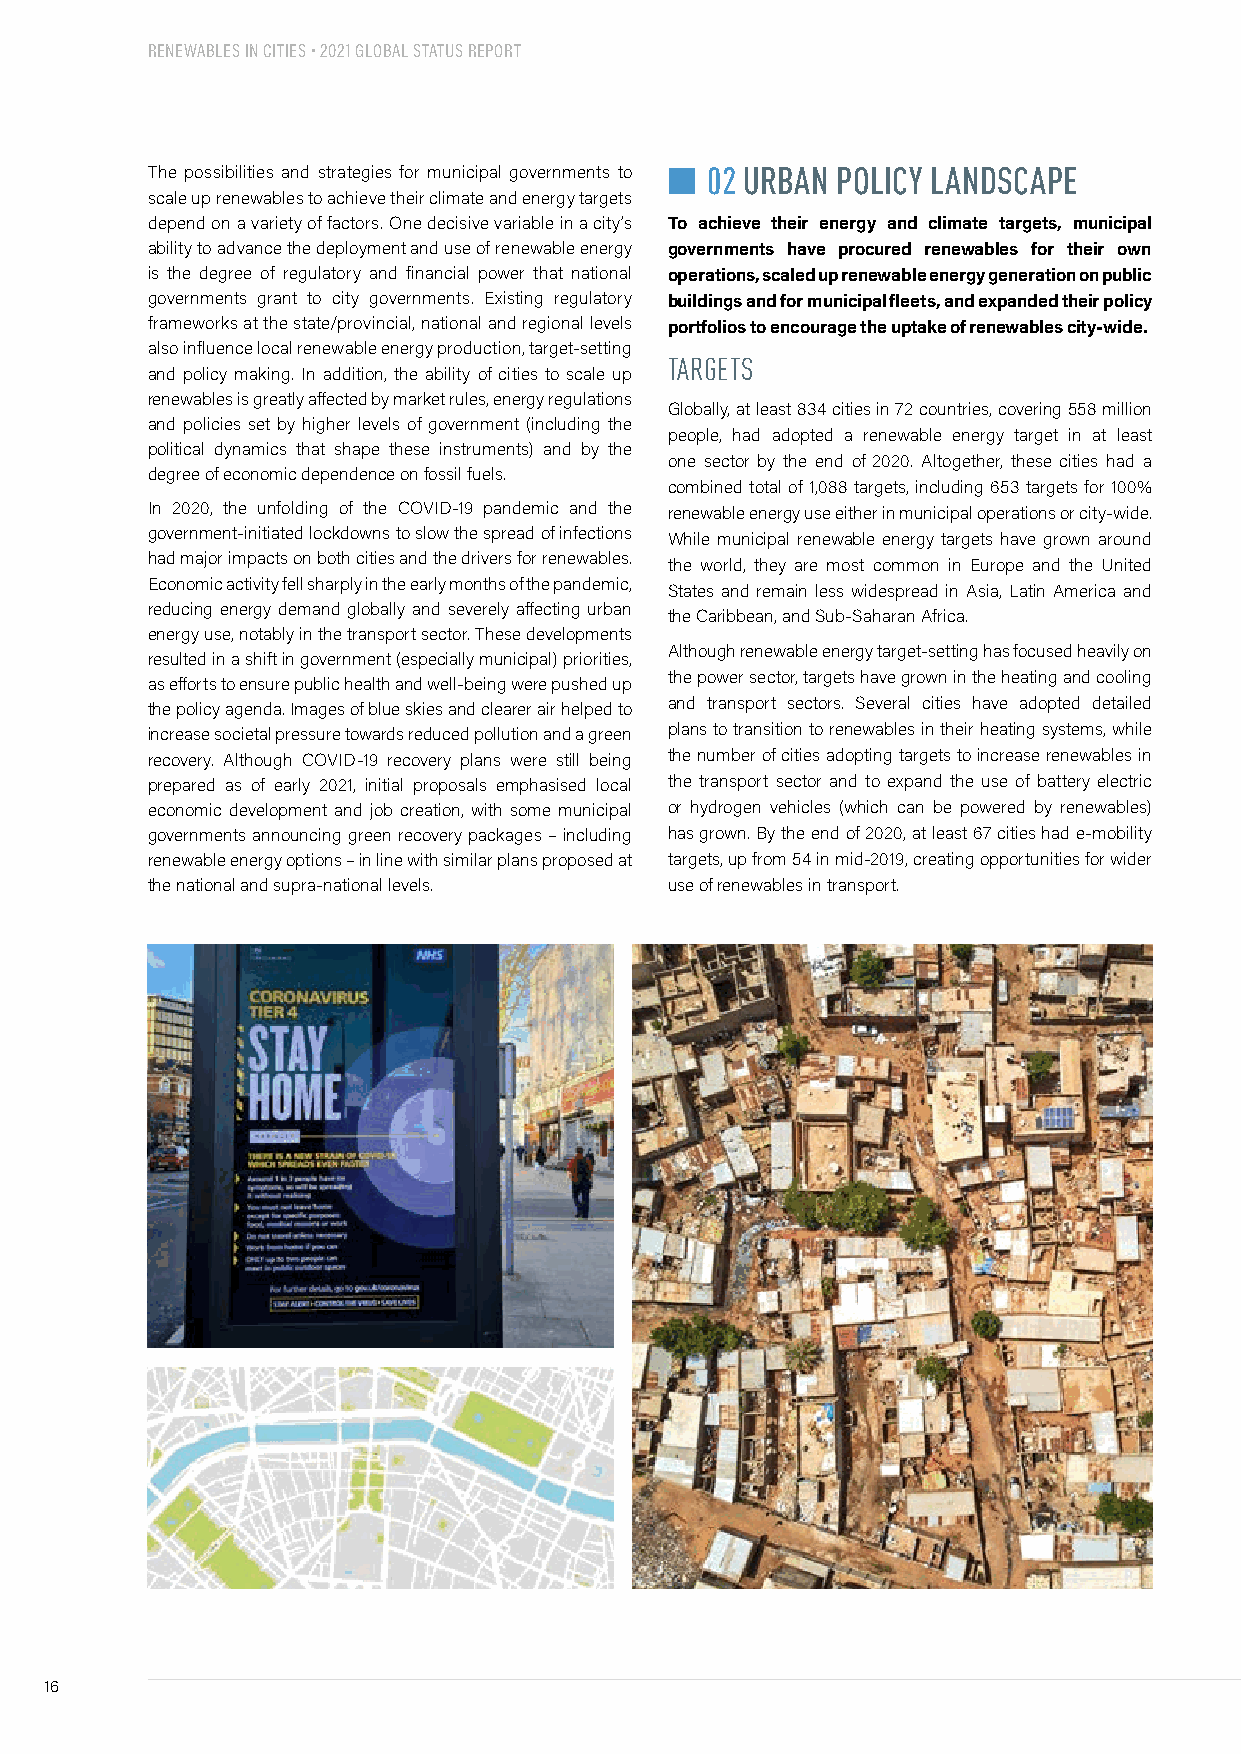
RENEWABLES IN CITIES • 2021 GLOBAL STATUS REPORT
 The possibilities and strategies for municipal governments to n 02 URBAN POLICY LANDSCAPE
 scale up renewables to achieve their climate and energy targets
 depend on a variety of factors. One decisive variable in a city’s To achieve their energy and climate targets, municipal
 ability to advance the deployment and use of renewable energy governments have procured renewables for their own
 is the degree of regulatory and financial power that national operations, scaled up renewable energy generation on public
 governments grant to city governments. Existing regulatory buildings and for municipal fleets, and expanded their policy
 frameworks at the state/provincial, national and regional levels portfolios to encourage the uptake of renewables city-wide.
 also influence local renewable energy production, target-setting
 TARGETS
 and policy making. In addition, the ability of cities to scale up
 renewables is greatly affected by market rules, energy regulations
 Globally, at least 834 cities in 72 countries, covering 558 million
 and policies set by higher levels of government (including the
 people, had adopted a renewable energy target in at least
 political dynamics that shape these instruments) and by the
 one sector by the end of 2020. Altogether, these cities had a
 degree of economic dependence on fossil fuels.
 combined total of 1,088 targets, including 653 targets for 100%
 In 2020, the unfolding of the COVID-19 pandemic and the renewable energy use either in municipal operations or city-wide.
 government-initiated lockdowns to slow the spread of infections While municipal renewable energy targets have grown around
 had major impacts on both cities and the drivers for renewables. the world, they are most common in Europe and the United
 Economic activity fell sharply in the early months of the pandemic,
 States and remain less widespread in Asia, Latin America and
 reducing energy demand globally and severely affecting urban
 the Caribbean, and Sub-Saharan Africa.
 energy use, notably in the transport sector. These developments
 Although renewable energy target-setting has focused heavily on
 resulted in a shift in government (especially municipal) priorities,
 the power sector, targets have grown in the heating and cooling
 as efforts to ensure public health and well-being were pushed up
 the policy agenda. Images of blue skies and clearer air helped to and transport sectors. Several cities have adopted detailed
 increase societal pressure towards reduced pollution and a green plans to transition to renewables in their heating systems, while
 recovery. Although COVID-19 recovery plans were still being the number of cities adopting targets to increase renewables in
 prepared as of early 2021, initial proposals emphasised local the transport sector and to expand the use of battery electric
 economic development and job creation, with some municipal or hydrogen vehicles (which can be powered by renewables)
 governments announcing green recovery packages – including has grown. By the end of 2020, at least 67 cities had e-mobility
 renewable energy options – in line with similar plans proposed at targets, up from 54 in mid-2019, creating opportunities for wider
 the national and supra-national levels. use of renewables in transport.
 16